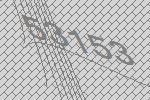
53153